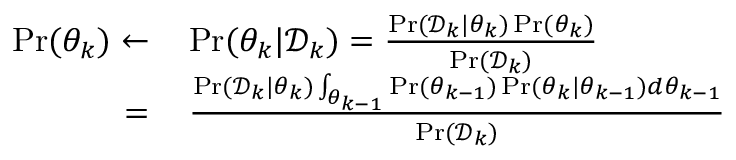
\begin{array} { r l } { \operatorname* { P r } ( \theta _ { k } ) \leftarrow } & { \, \operatorname* { P r } ( \theta _ { k } | \mathcal { D } _ { k } ) = \frac { \operatorname* { P r } ( \mathcal { D } _ { k } | \theta _ { k } ) \operatorname* { P r } ( \theta _ { k } ) } { \operatorname* { P r } ( \mathcal { D } _ { k } ) } } \\ { = } & { \, \frac { \operatorname* { P r } ( \mathcal { D } _ { k } | \theta _ { k } ) \int _ { \theta _ { k - 1 } } \operatorname* { P r } ( \theta _ { k - 1 } ) \operatorname* { P r } ( \theta _ { k } | \theta _ { k - 1 } ) d \theta _ { k - 1 } } { \operatorname* { P r } ( \mathcal { D } _ { k } ) } } \end{array}